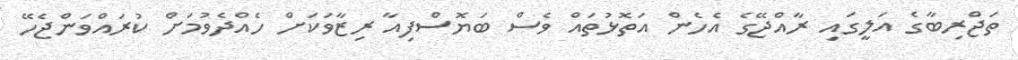
ތަޖްރިބާގެ އަލީގައި ރާއްޖޭގެ އެހެން އަތޮޅުތައް ވެސް ބަޔޮސްފިއާ ރިޒާވަކަށް ހެއްދެވުމަށް ކުރައްވަންޖެހޭ